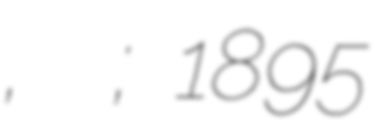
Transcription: Шарпенак, Анатолий Эрнестович; 1895